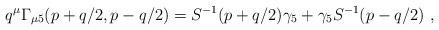
LaTeX: \begin{align*}q^\mu \Gamma_{\mu 5} (p+q/2, p-q/2) =S^{-1}(p+q/2)\gamma_5 +\gamma_5S^{-1}(p-q/2)\ ,\end{align*}